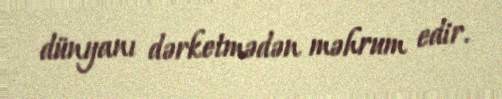
dünyanı dərketmədən məhrum edir.